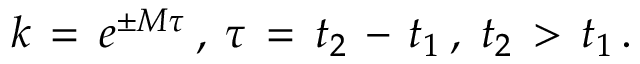
k \, = \, e ^ { \pm M \tau } \: , \: \tau \, = \, t _ { 2 } \, - \, t _ { 1 } \: , \; t _ { 2 } \, > \, t _ { 1 } \, .